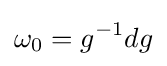
\omega _{0}=g^{-1}dg